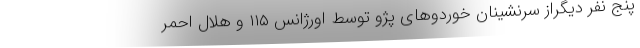
پنج نفر دیگراز سرنشینان خوردوهای پژو توسط اورژانس ۱۱۵ و هلال احمر